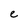
Character: e